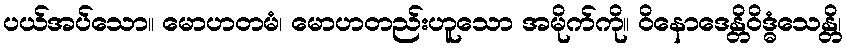
ပယ်အပ်သော။ မောဟတမံ၊ မောဟတည်းဟူသော အမိုက်ကို။ ဝိနောဒေန္တိဝိဒ္ဓံသေန္တိ၊